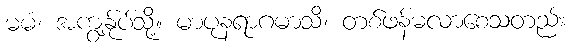
မမံ၊ အကျွန်ုပ်သို့။ မာပုနရာဂမာသိ၊ တစ်ဖန်မလာစေသတည်း